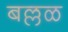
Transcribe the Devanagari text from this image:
बल्लळ